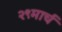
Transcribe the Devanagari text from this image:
२९मार्च